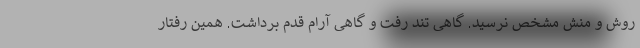
روش و منش مشخص نرسید. گاهی تند رفت و گاهی آرام قدم برداشت. همین رفتار